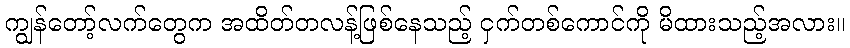
ကျွန်တော့်လက်တွေက အထိတ်တလန့်ဖြစ်နေသည့် ငှက်တစ်ကောင်ကို မိထားသည့်အလား။